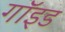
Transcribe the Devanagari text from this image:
गॉइड